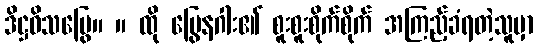
ဒိဋ္ဌဝိသမြွေ။ ။ ထို မြွေနဂါး၏ စူးစူးစိုက်စိုက် အကြည့်ခံရတဲ့သူမှာ